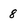
Character: 8